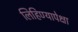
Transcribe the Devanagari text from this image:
लिहिण्यापेक्षा